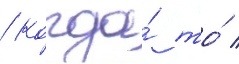
/ когда́ то́ /